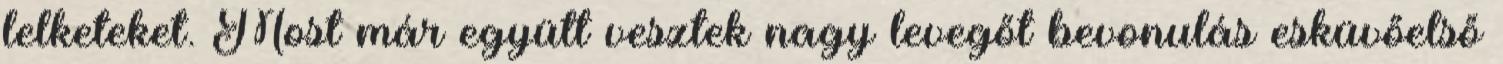
lelketeket. Most már együtt vesztek nagy levegőt bevonulás esküvőelső